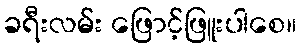
ခရီးလမ်း ဖြောင့်ဖြူးပါစေ။